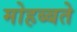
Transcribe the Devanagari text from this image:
मोहब्बते